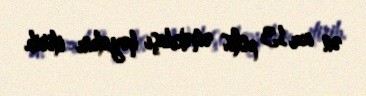
ən azı 13 polis əməkdaşı həyatını itirib.